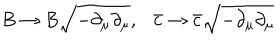
B \rightarrow B \sqrt { - \partial _ { \mu } \partial _ { \mu } } , \ \ \ \bar { c } \rightarrow \bar { c } \sqrt { - \partial _ { \mu } \partial _ { \mu } }